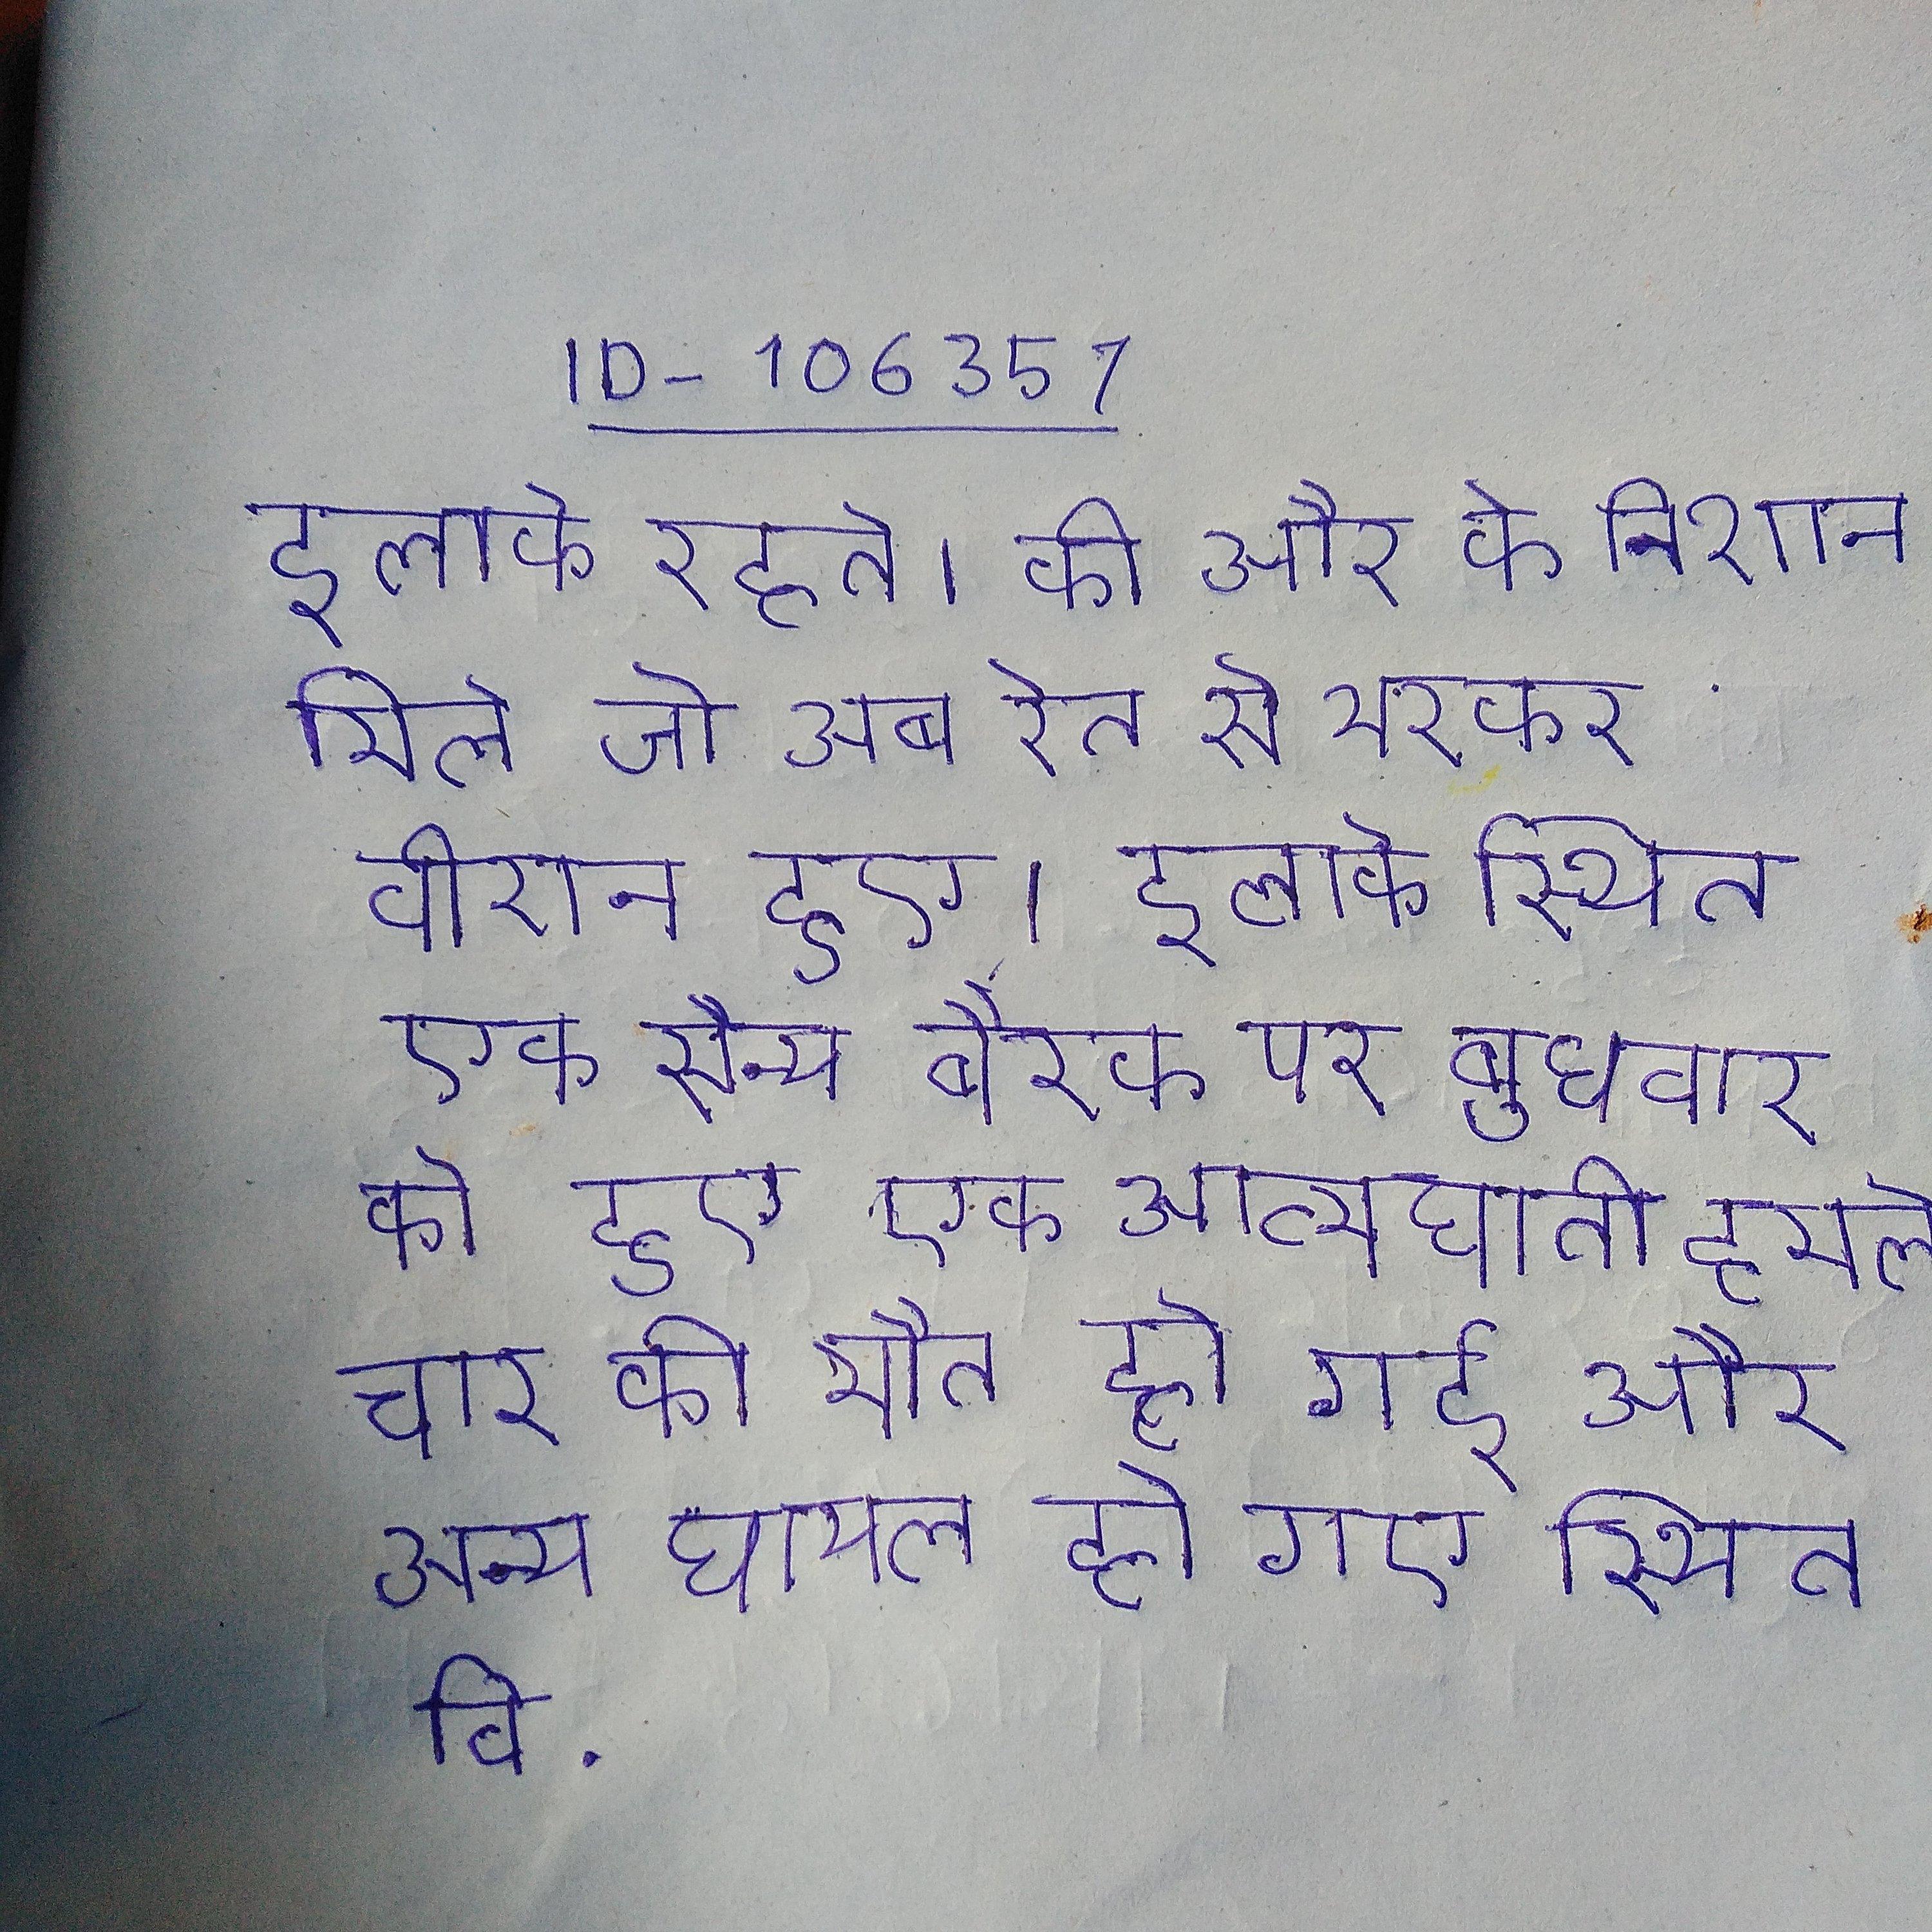
इलाके रहते । की और के निशान मिले जो अब रेत से भरकर वीरान हुए । इलाके स्थित एक सैन्य बैरक पर बुधवार को हुए एक आत्मघाती हमले चार की मौत हो गई और अन्य घायल हो गए । स्थित वि .